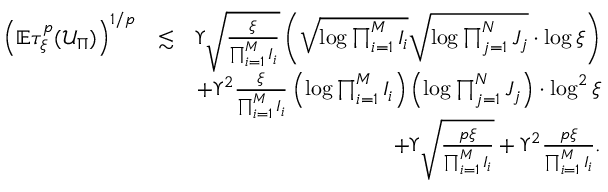
\begin{array} { r l r } { \left( \mathbb { E } \tau _ { \xi } ^ { p } ( \mathcal { U } _ { \Pi } ) \right) ^ { 1 / p } } & { \lesssim } & { \Upsilon \sqrt { \frac { \xi } { \prod _ { i = 1 } ^ { M } I _ { i } } } \left( \sqrt { \log \prod _ { i = 1 } ^ { M } I _ { i } } \sqrt { \log \prod _ { j = 1 } ^ { N } J _ { j } } \cdot \log \xi \right) } \\ & { } & { + \Upsilon ^ { 2 } \frac { \xi } { \prod _ { i = 1 } ^ { M } I _ { i } } \left( \log \prod _ { i = 1 } ^ { M } I _ { i } \right) \left( \log \prod _ { j = 1 } ^ { N } J _ { j } \right) \cdot \log ^ { 2 } \xi } \\ & { } & { + \Upsilon \sqrt { \frac { p \xi } { \prod _ { i = 1 } ^ { M } I _ { i } } } + \Upsilon ^ { 2 } \frac { p \xi } { \prod _ { i = 1 } ^ { M } I _ { i } } . } \end{array}